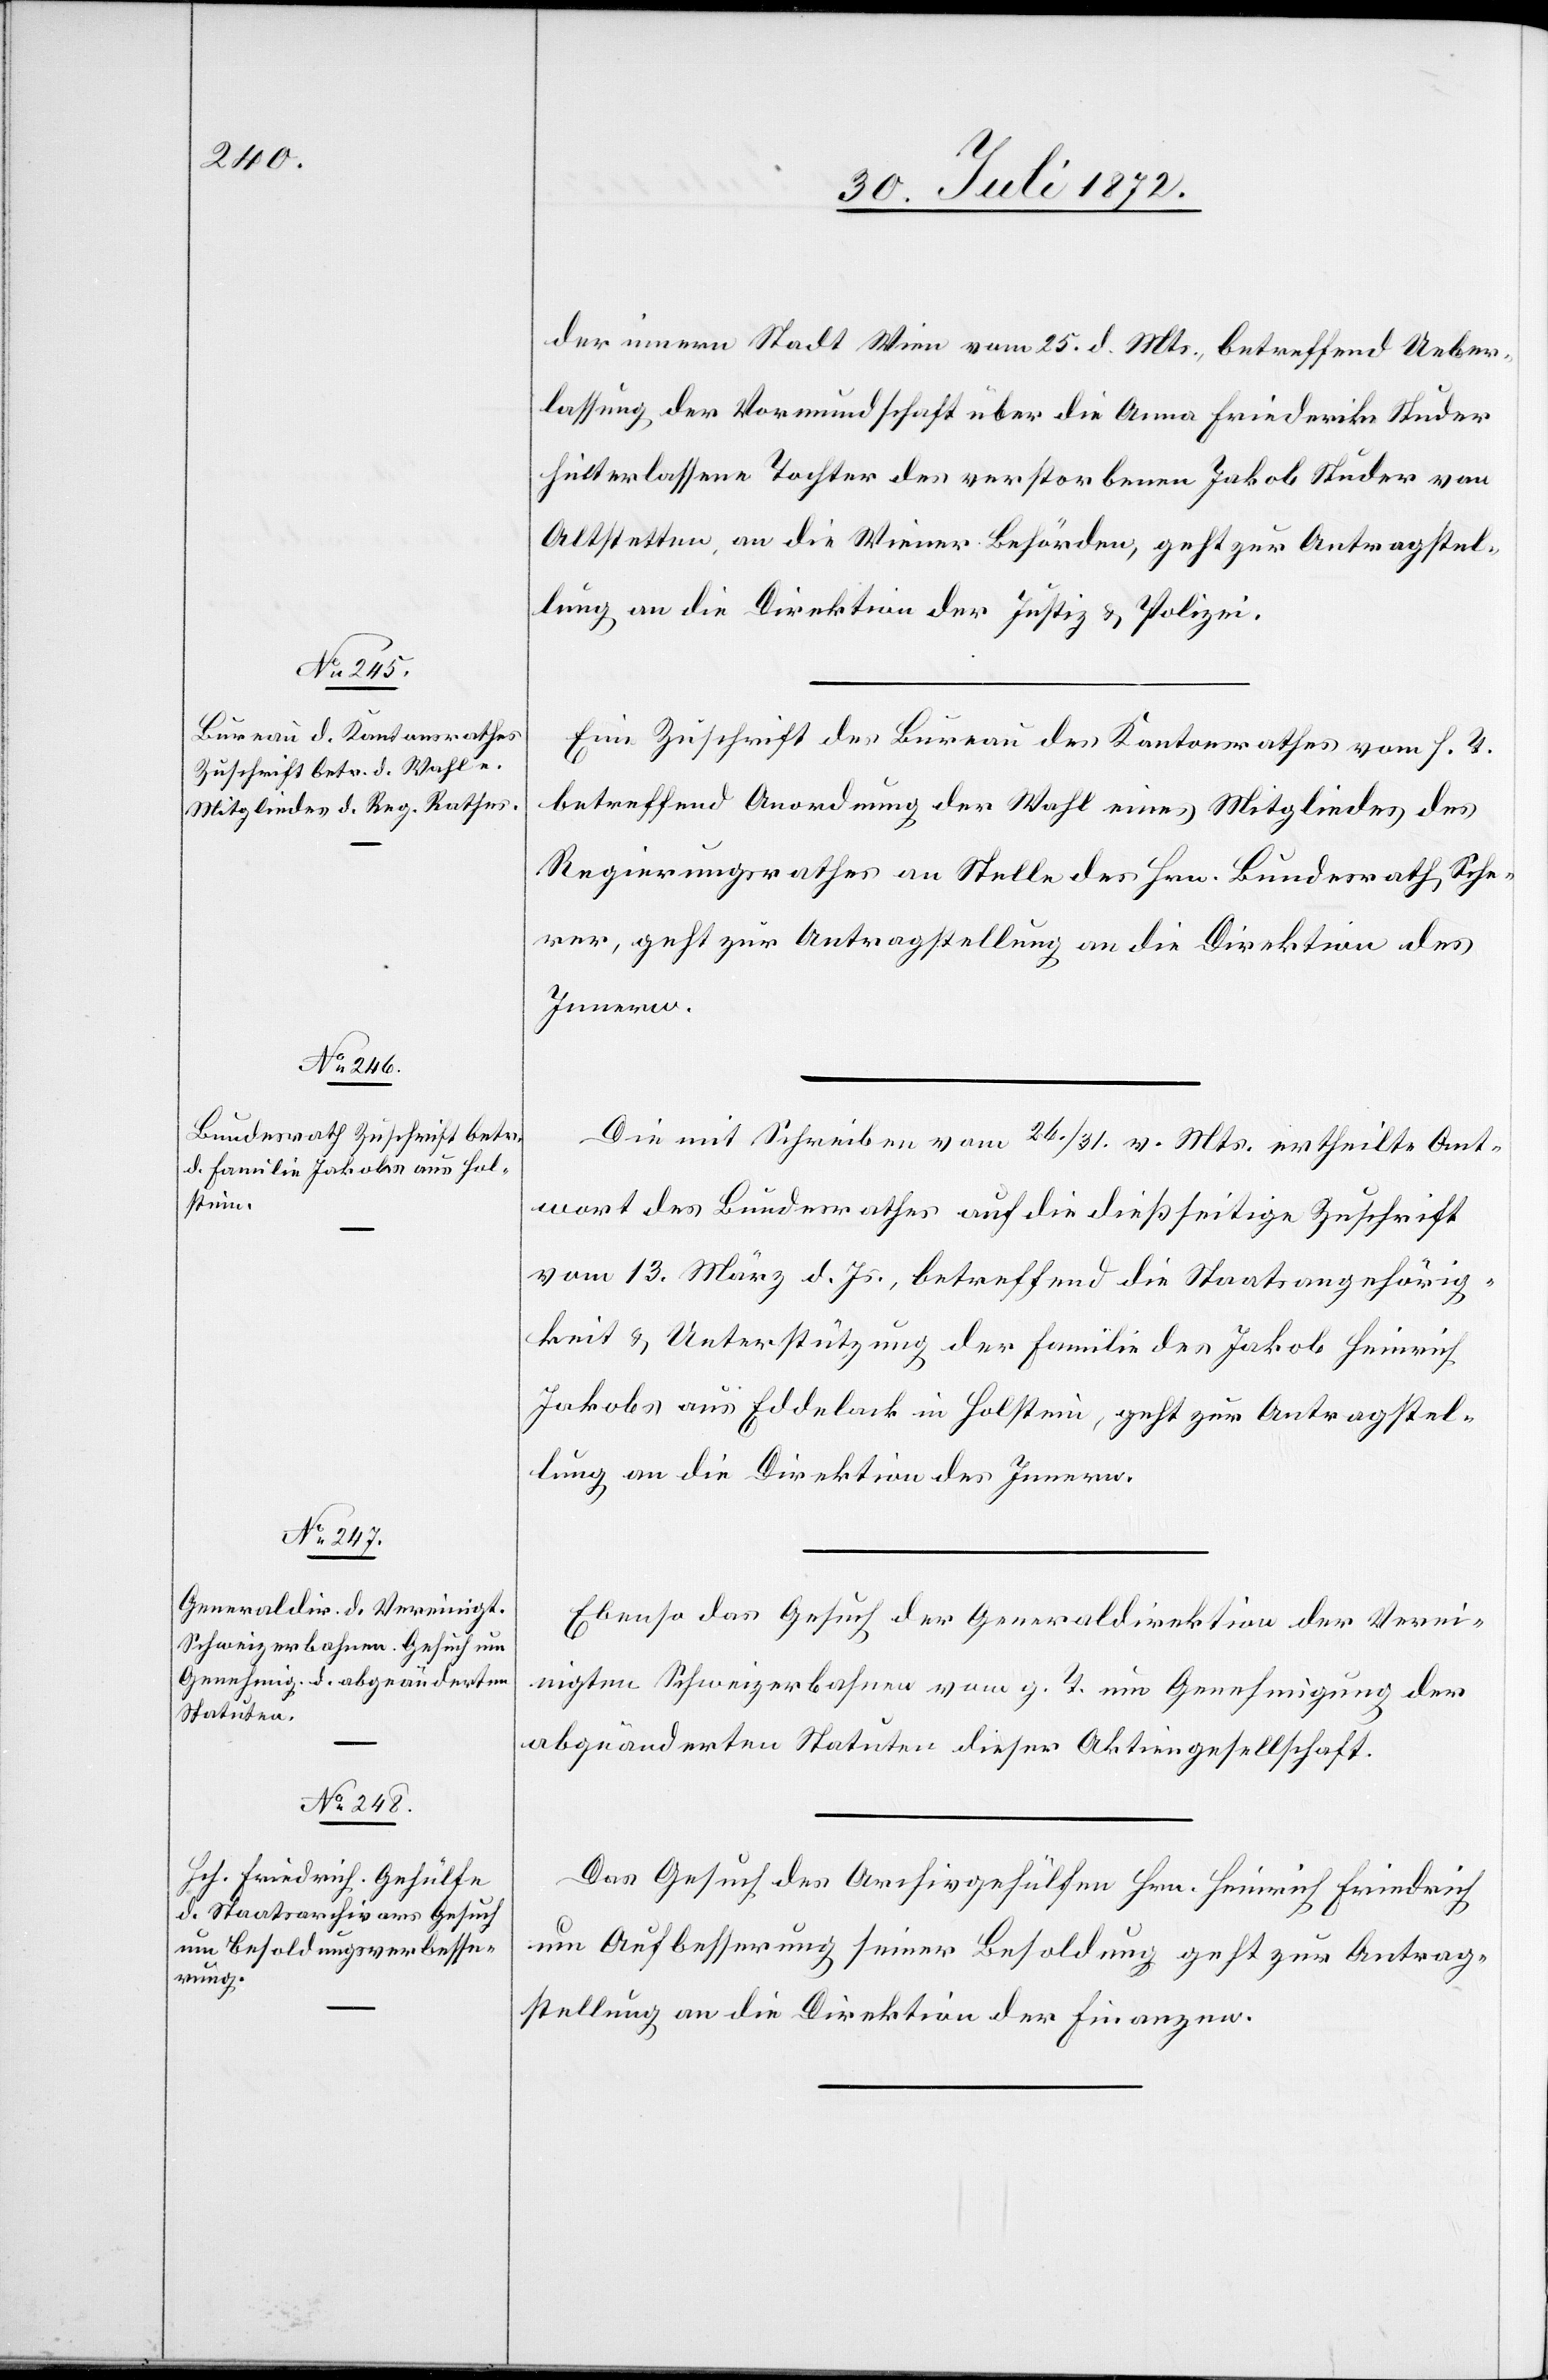
der innern Stadt Wien vom 25. d. Mts., betreffend Ueber¬
lassung der Vormundschaft über die Anna Friederika Studer,
hinterlassene Tochter des verstorbenen Jakob Studer von
Altstetten an die Wiener Behörden, geht zur Antragstel¬
lung an die Direktion der Justiz u. Polizei.
Eine Zuschrift des Bureau des Kantonsrathes vom h. T.
betreffend Anordnung der Wahl eines Mitgliedes des
Regierungsrathes an Stelle des Hrn. Bundesrath Sche¬
rer, geht zur Antragstellung an die Direktion des
Innern.
Die mit Schreiben vom 26./31. v. Mts. ertheilte Ant¬
wort des Bundesrathes auf die dießseitige Zuschrift
vom 13. März d. Js., betreffend die Staatsangehörig¬
keit u. Unterstützung der Familie des Jakob Heinrich
Jakobs aus Eddelack in Holstein, geht zur Antragstel¬
lung an die Direktion des Innern.
Ebenso das Gesuch der Generaldirektion der Verei¬
nigten Schweizerbahnen vom g. T. um Genehmigung der
abgeänderten Statuten dieser Aktiengesellschaft.
Das Gesuch des Archivgehülfen Hrn. Heinrich Friedrich
um Aufbesserung seiner Besoldung geht zur Antrag¬
stellung an die Direktion der Finanzen.